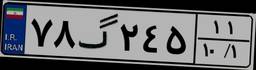
۷۸گ۲۴۵۱۱